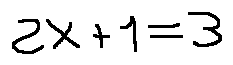
2 x + 1 = 3